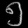
Digit: ၅